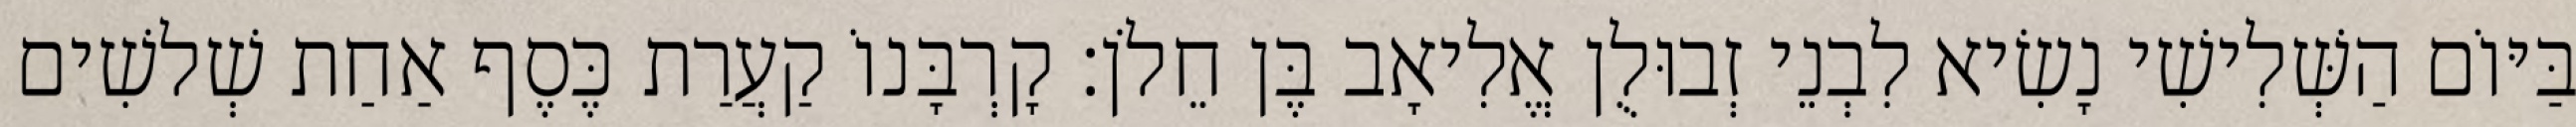
בַּיּוֹם הַשְּׁלִישִׁי נָשִׂיא לִבְנֵי זְבוּלֻן אֱלִיאָב בֶּן חֵלֹן׃ קָרְבָּנוֹ קַעֲרַת כֶּסֶף אַחַת שְׁלשִׁים